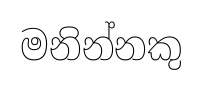
මනින්නකු